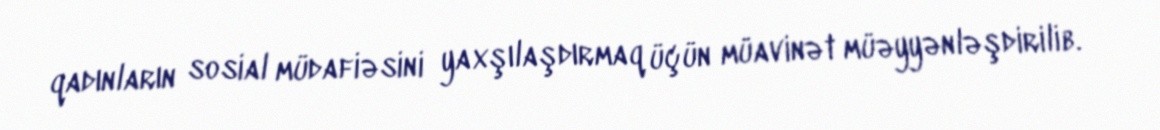
qadınların sosial müdafiəsini yaxşılaşdırmaq üçün müavinət müəyyənləşdirilib.